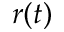
r ( t )